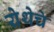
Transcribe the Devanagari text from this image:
येथेचे